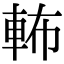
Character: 𨋞